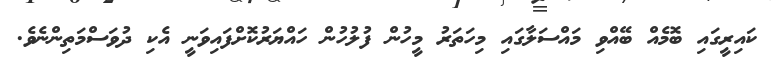
ކައިރީގައި ބޮމެއް ބޭއްވި މައްސަލާގައި މިހަތަރު މީހުން ފުލުހުން ހައްޔަރުކޮށްފައިވަނީ އެކި ދުވަސްމަތިންނެވެ.